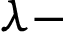
\lambda -